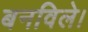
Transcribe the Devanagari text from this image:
बनविले।